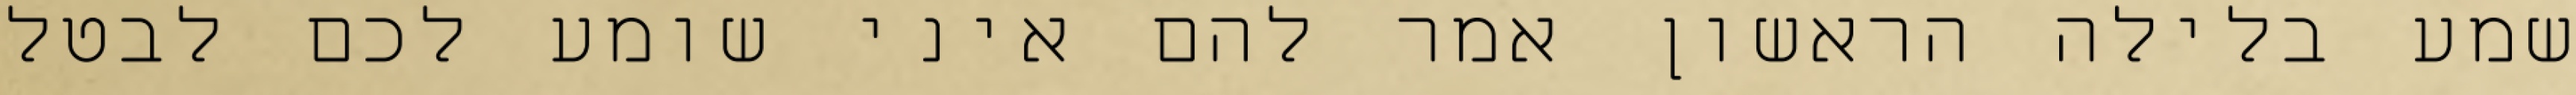
שמע בלילה הראשון אמר להם איני שומע לכם לבטל